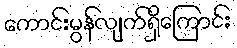
ကောင်းမွန်လျက်ရှိကြောင်း